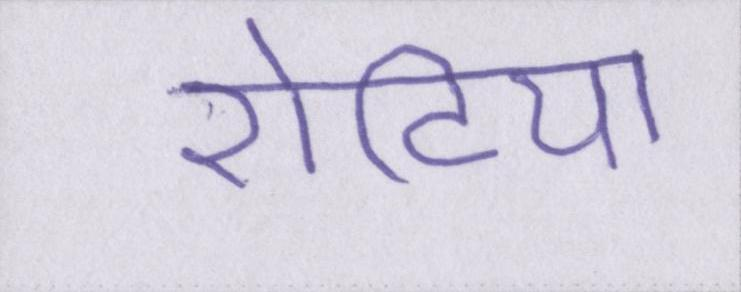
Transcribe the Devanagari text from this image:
रोटियों